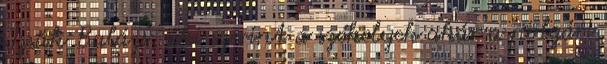
Izsák Balázs, aki szerint a székelyek akár a polgári